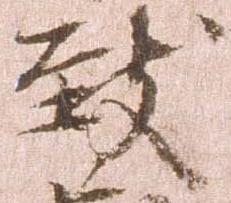
致